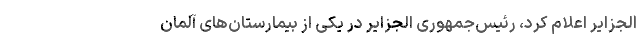
الجزایر اعلام کرد، رئیس‌جمهوری الجزایر در یکی از بیمارستان‌های آلمان